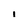
Character: i